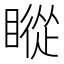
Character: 瞛